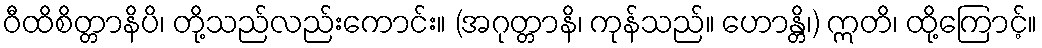
ဝီထိစိတ္တာနိပိ၊ တို့သည်လည်းကောင်း။ (အဂုတ္တာနိ၊ ကုန်သည်။ ဟောန္တိ၊) ဣတိ၊ ထို့ကြောင့်။